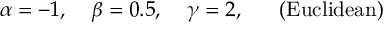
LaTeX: \alpha = - 1 , \; \; \; \; \beta = 0 . 5 , \; \; \; \; \gamma = 2 , \; \; \; \; \; \; ( \mathrm { E u c l i d e a n } )